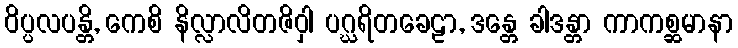
ဝိပ္ပလပန္တိ, ကေစိ နိလ္လာလိတဇိဝှါ ပဂ္ဃရိတခေဠာ, ဒန္တေ ခါဒန္တာ ကာကစ္ဆမာနာ